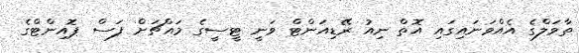
ތާވަލްގެ އެއްވަނައިގައި އޮތް ނިއު ރޭޑިއަންޓް ވަނީ ޓީސީގެ މައްޗަށް ފަސް ޕޮއިންޓްގެ